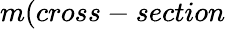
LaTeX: m(cross-section